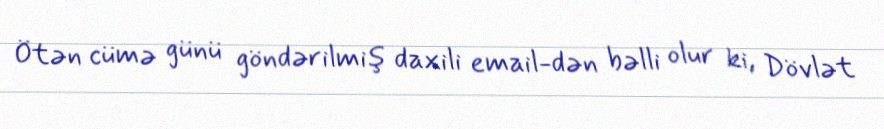
Ötən cümə günü göndərilmiş daxili email-dən bəlli olur ki, Dövlət